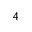
4